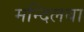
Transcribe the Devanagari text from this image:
मन्दिलबा